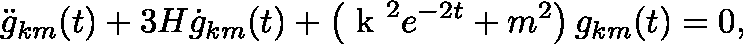
\ddot { g } _ { k m } ( t ) + 3 H \dot { g } _ { k m } ( t ) + \left( \mathrm { \boldmath ~ k ~ } ^ { 2 } e ^ { - 2 t } + m ^ { 2 } \right) g _ { k m } ( t ) = 0 ,